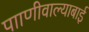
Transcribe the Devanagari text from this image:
पााणीवाल्याबाई